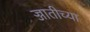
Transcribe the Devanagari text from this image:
ज्जातीच्या